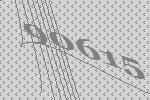
90615